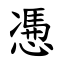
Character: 慿